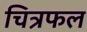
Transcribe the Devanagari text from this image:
चित्रफल